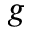
g